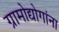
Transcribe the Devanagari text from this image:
ग्रामोद्योगांना